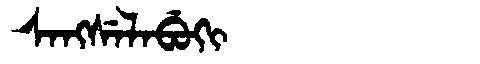
Manchu: ᠰᠠᠩᠰᡝᠯᠠᠪᡠᡴᡳ
Romanization: SANGSELABUKI